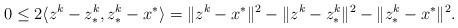
LaTeX: \begin{align*}0 \le 2 \langle z^k-z^k_*,z^k_*-x^*\rangle = \|z^k-x^*\|^2-\|z^k-z^k_*\|^2-\|z^k_*-x^*\|^2.\end{align*}